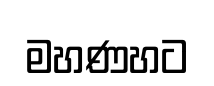
මහණහට